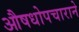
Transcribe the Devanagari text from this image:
औषधोपचाराने